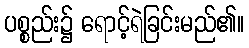
ပစ္စည်း၌ ရောင့်ရဲခြင်းမည်၏။